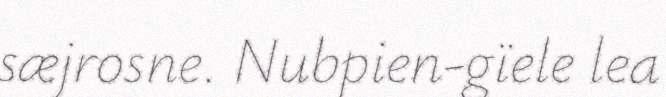
sæjrosne. Nubpien-gïele lea